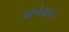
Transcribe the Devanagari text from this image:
आनेवालें